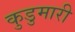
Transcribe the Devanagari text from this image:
कुडुमारी